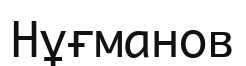
Нұғманов